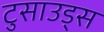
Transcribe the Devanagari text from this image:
टुसाउड्स